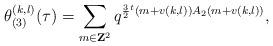
LaTeX: \begin{align*}\theta_{(3)}^{(k,l)}(\tau)=\sum_{m\in{\bf Z}^2}q^{\frac{3}{2}{}^t(m+v(k,l))A_2(m+v(k,l))},\end{align*}